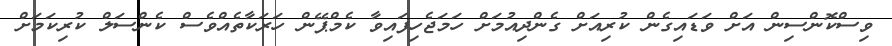
ވިސްކޮންސިން އަށް ވަޑައިގެން ކުރިއަށް ގެންދިއުމަށް ހަމަޖެހިފައިވާ ކެމްޕޭން ހަރަކާތެއްވެސް ކެންސަލް ކުރިކަމަށް